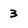
Character: 3